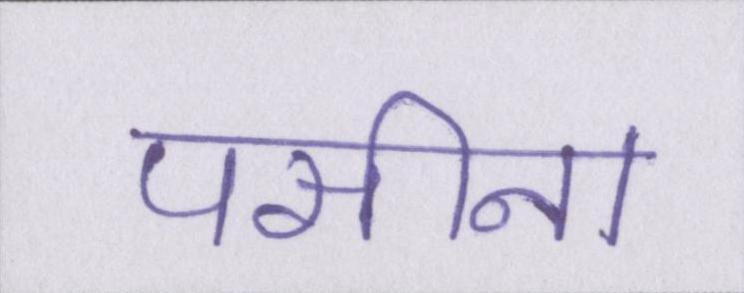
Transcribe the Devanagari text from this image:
पसीना